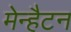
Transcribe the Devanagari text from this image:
मेन्हैटन